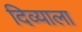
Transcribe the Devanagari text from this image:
दिव्याला